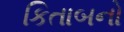
કિતાબનો